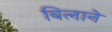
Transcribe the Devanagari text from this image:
बिलाने